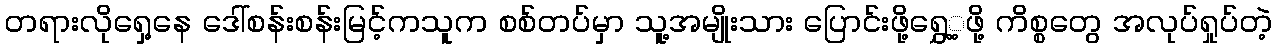
တရားလိုရှေ့နေ ဒေါ်စန်းစန်းမြင့်ကသူက စစ်တပ်မှာ သူ့အမျိုးသား ပြောင်းဖို့ရွှေ့့ဖို့ ကိစ္စတွေ အလုပ်ရှုပ်တဲ့